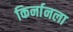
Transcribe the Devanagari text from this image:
किर्नानला